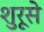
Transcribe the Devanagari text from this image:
शुरूसे